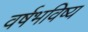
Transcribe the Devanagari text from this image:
वर्षभविष्य